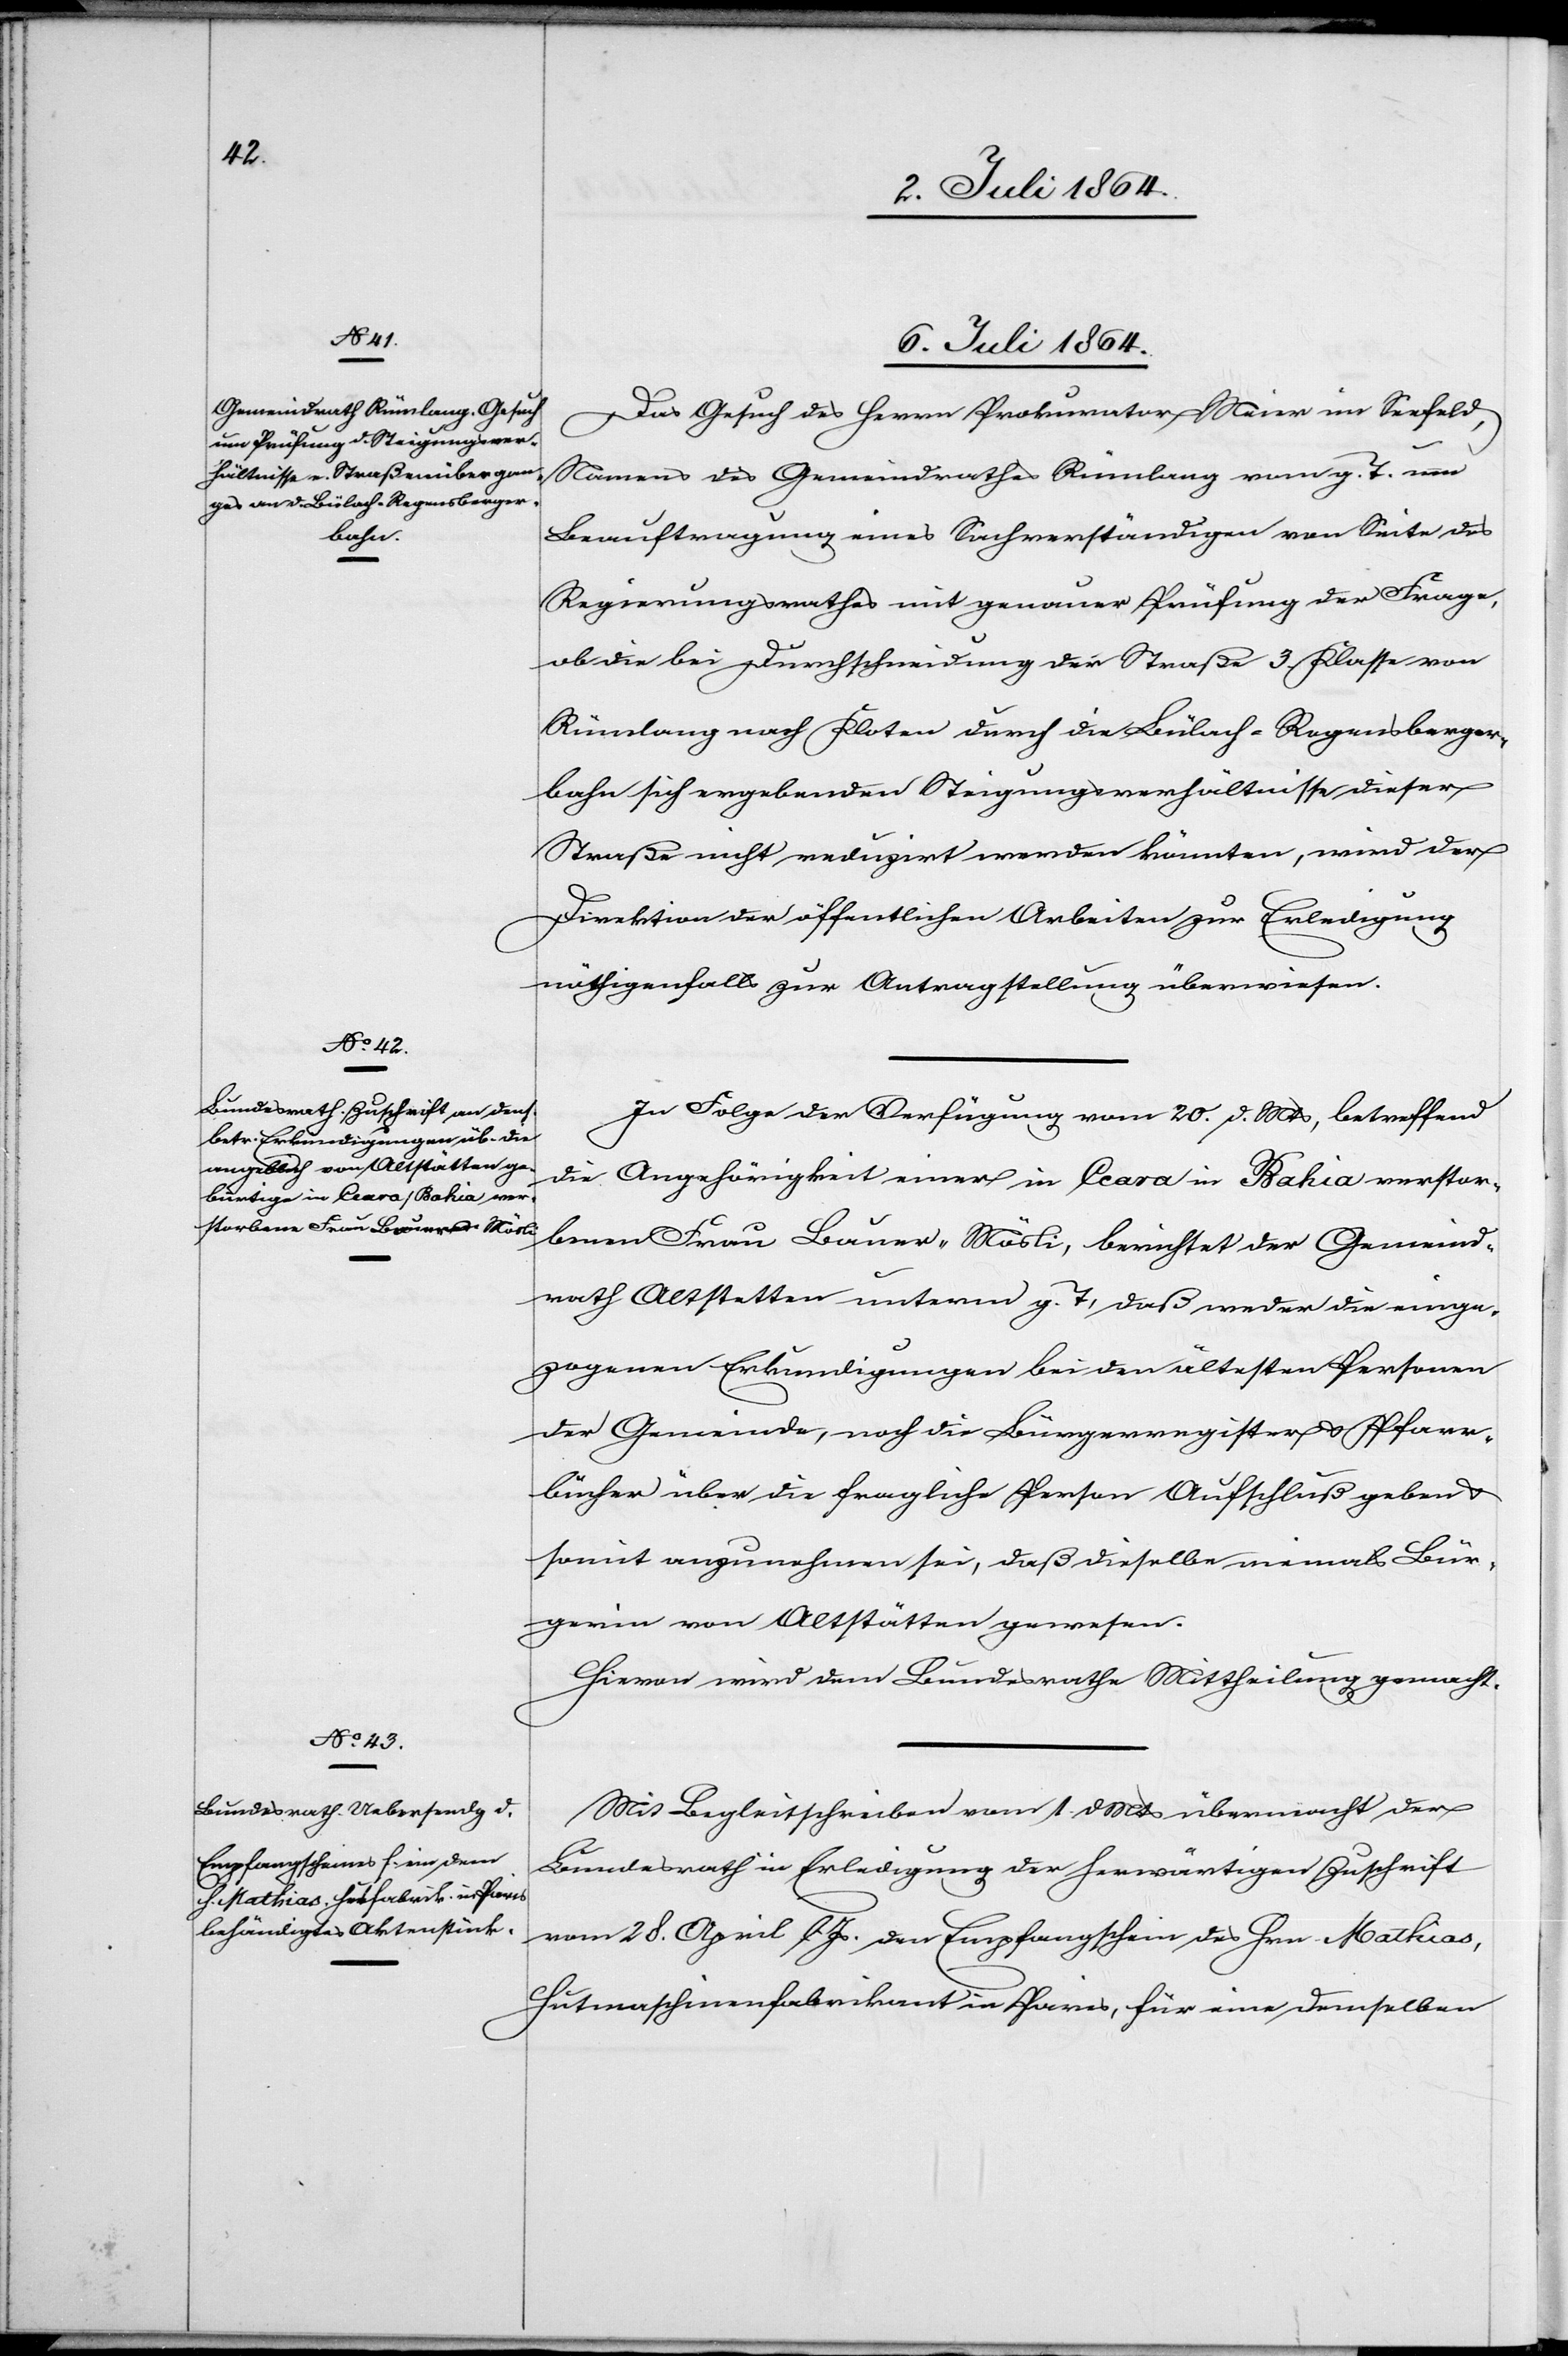
6. Juli 1864.]
Das Gesuch des Herrn Prokurator Meier im Seefeld,
Namens des Gemeindrathes Rümlang vom g. T. um
Beauftragung eines Sachverständigen von Seite des
Regierungsrathes mit genauer Prüfung der Frage,
ob die bei Durchschneidung der Straße 3. Klasse von
Rümlang nach Kloten durch die Bülach-Regensberger¬
bahn sich ergebenden Steigungsverhältnisse dieser
Straße nicht reduzirt werden könnten, wird der
Direktion der öffentlichen Arbeiten zur Erledigung
nöthigenfalls zur Antragstellung überwiesen.
In Folge der Verfügung vom 20. d. Mts., betreffend
die Angehörigkeit einer in Ceara in Bahia verstor¬
benen Frau Bauer-Mösli, berichtet der Gemeind¬
rath Altstetten unterm g. T., daß weder die einge¬
zogenen Erkundigungen bei den ältesten Personen
der Gemeinde, noch die Bürgerregister u. Pfarr¬
bücher über die fragliche Person Aufschluß geben u.
somit anzunehmen sei, daß dieselbe niemals Bür¬
gerin von Altstätten gewesen.
Hievon wird dem Bundesrathe Mittheilung gemacht.
Mit Begleitschreiben vom 1. d. Mts. übermacht der
Bundesrath in Erledigung der herwärtigen Zuschrift
vom 28. April l. Js. den Empfangschein des Hrn. Mathias,
Hutmaschinenfabrikant in Paris, für eine demselben